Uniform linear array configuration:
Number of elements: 8
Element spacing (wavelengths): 0.25
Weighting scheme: uniform
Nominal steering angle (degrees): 0
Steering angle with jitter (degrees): -1.478
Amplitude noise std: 0.05
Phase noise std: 0.05

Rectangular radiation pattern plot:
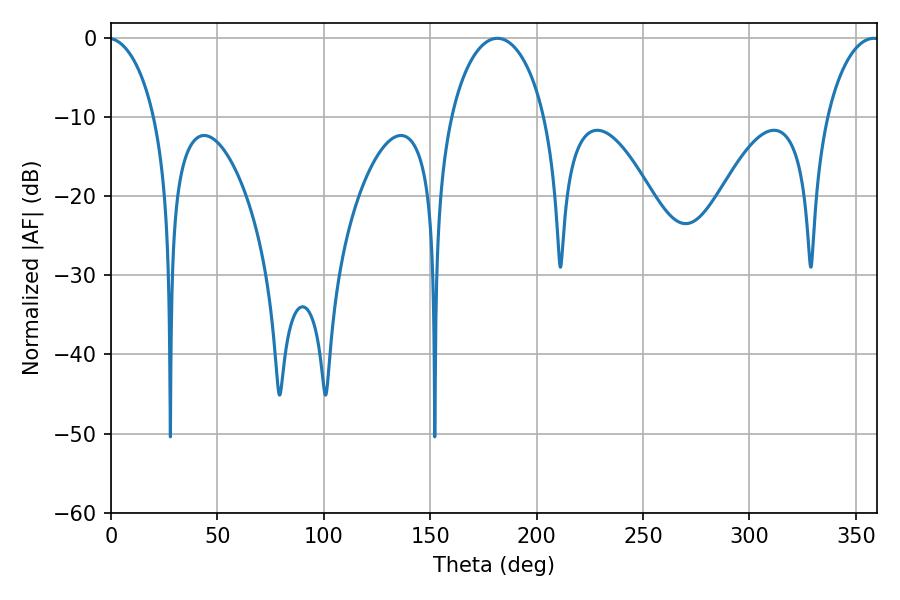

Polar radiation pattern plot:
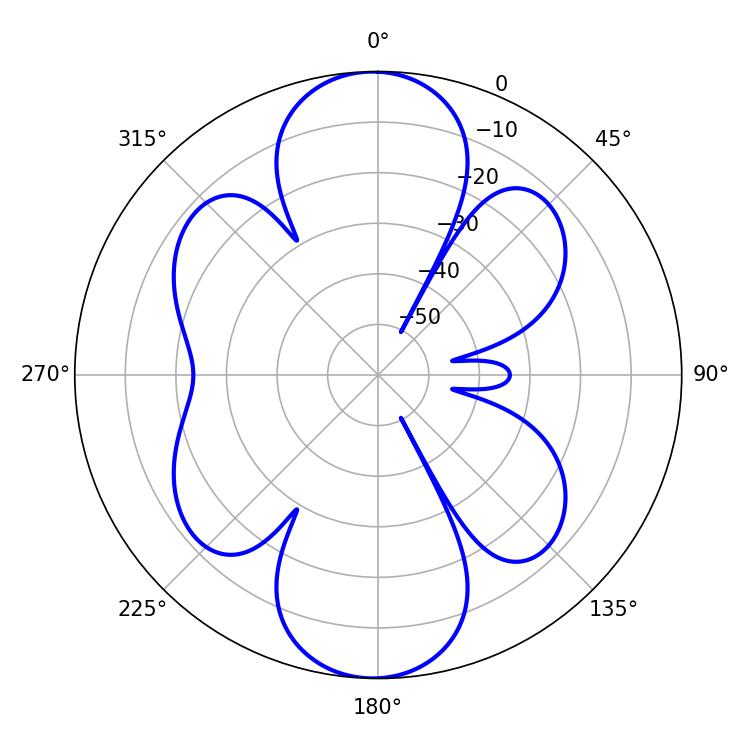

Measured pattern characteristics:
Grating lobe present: FALSE
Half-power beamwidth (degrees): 14.22
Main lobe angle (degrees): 358.38